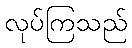
လုပ်ကြသည်